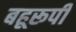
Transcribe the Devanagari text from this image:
बहूरूपी